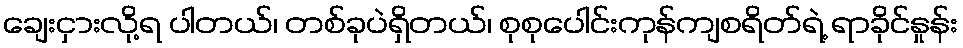
ချေးငှားလို့ရ ပါတယ်၊ တစ်ခုပဲရှိတယ်၊ စုစုပေါင်းကုန်ကျစရိတ်ရဲ့ ရာခိုင်နှုန်း